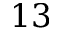
1 3